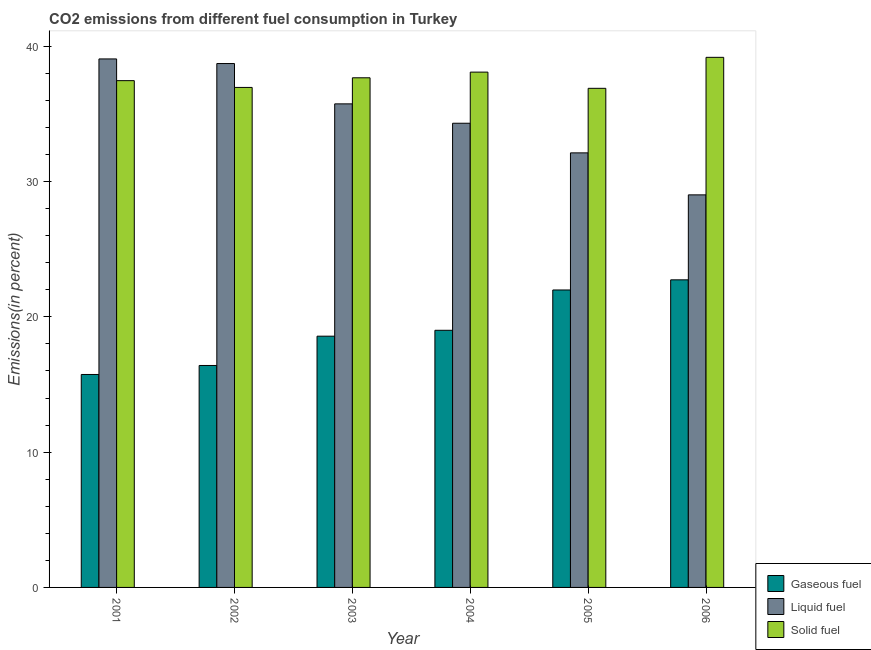
| Year | Gaseous fuel | Liquid fuel | Solid fuel |
 | --- | --- | --- | --- |
 | 2001 | 15.7 | 39.1 | 37.5 |
 | 2002 | 16.4 | 38.7 | 37 |
 | 2003 | 18.6 | 35.7 | 37.7 |
 | 2004 | 19 | 34.3 | 38.1 |
 | 2005 | 22 | 32.1 | 36.9 |
 | 2006 | 22.7 | 29 | 39.2 |